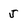
Character: J